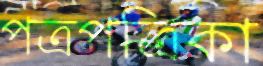
পত্রপত্রিকা